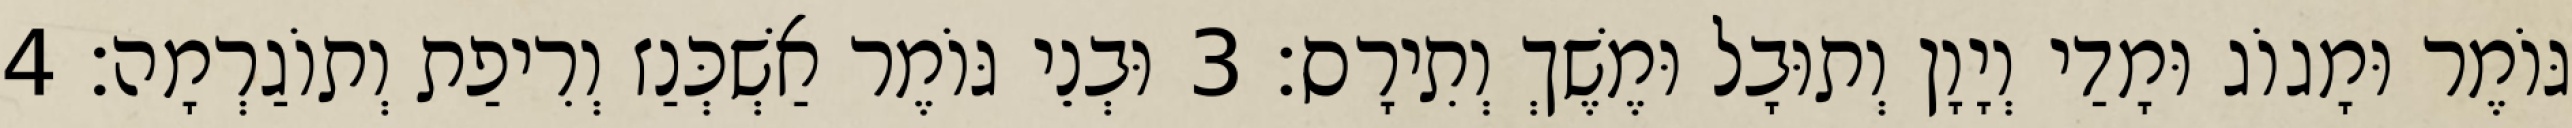
גּוֹמֶר וּמָגוֹג וּמָדַי וְיָוָן וְתוּבָל וּמֶשֶׁךְ וְתִירָס׃ 3 וּבְנֵי גּוֹמֶר אַשְׁכְּנַז וְרִיפַת וְתוֹגַרְמָה׃ 4